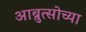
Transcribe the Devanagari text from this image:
आब्रुत्सोच्या